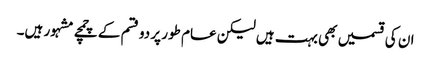
ان کی قسمیں بھی بہت ہیں لیکن عام طور پر دو قسم کے چمچے مشہور ہیں۔